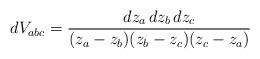
LaTeX: \begin{align*}dV_{abc}= \frac{dz_a\,dz_b\,dz_c}{(z_a-z_b)(z_b-z_c)(z_c-z_a)}\end{align*}